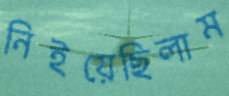
নিইয়েছিলাম